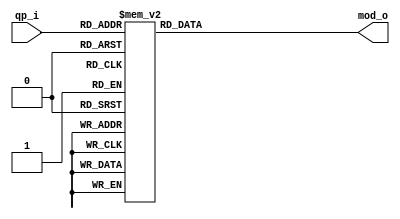
module tq_mod6_c( qp_i, mod_o );
  input  [5:0] qp_i ;
  output [2:0] mod_o;
  reg [2:0] mod_o;

  always @(qp_i) begin
    case(qp_i)
      0, 6,12,18,24,31,40,41      : mod_o = 3'b000;  
      1, 7,13,19,25,32,42,43,44   : mod_o = 3'b001;  
      2, 8,14,20,26,33,34,45,46,47: mod_o = 3'b010;  
      3, 9,15,21,27,35,48,49,50,51: mod_o = 3'b011;  
      4,10,16,22,28,36,37         : mod_o = 3'b100;  
      5,11,17,23,29,30,38,39      : mod_o = 3'b101;  
      default                     : mod_o = 3'b000;  
    endcase 
  end
endmodule